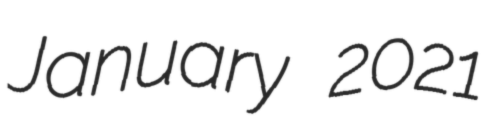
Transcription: January 2021